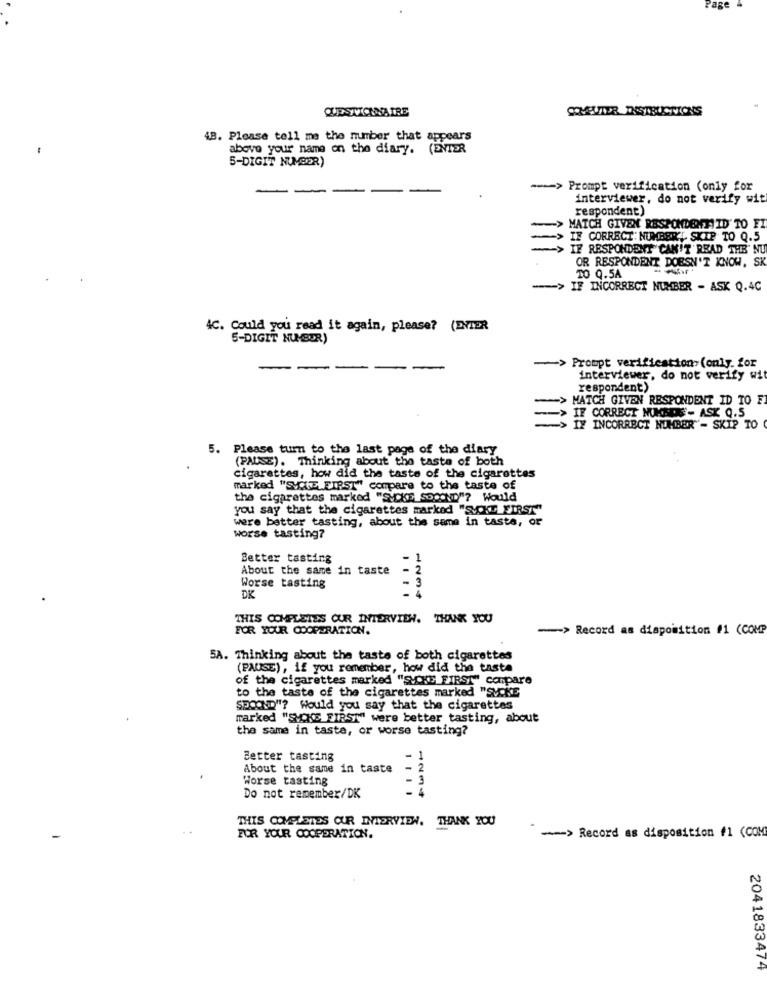
Page
QUESTIONNAIRE
4B. Please tell me the number that appears
above your name on the diary. (ENTER
5-DIGIT NUMBER)
-
->
Prompt verification (only for
interviewer, do not verify wit
respondent)
MATCH GIVEN RESPONDENT ID' TO FI
IF CORRECT: NUMBER, SKIP TO Q.5
IF RESPONDENT CAN'T READ THE' NU
OR RESPONDENT DOESN'T KNOW, SK
TO Q.5A
=== > IF INCORRECT NUMBER - ASK Q.4C
4C. Could you read it again, please? (ENTER
5-DIGIT NUMBER)
--
-> Prompt verification-(only. for
interviewer, do not verify wit
respondent)
MATCH GIVEN RESPONDENT ID TO F
-> IF CORRECT MUMNONE'- ASK 0.5
IX INCORRECT NUMBER - SKIP TO
5. Please turn to the last page of the diary
(PAUSE). Thinking about the taste of both
cigarettes, how did the taste of the cigarettes
marked "SVCE FIRST" compare to the taste of
the cigarettes marked "SiCKE SPOOND"? Would
you say that the cigarettes marked "SVCKT FIRST"
were better tasting, about the same in taste, or
worse tasting?
Better tasting
About the same in taste
Worse tasting
DK
....
THIS COMPLETES OUR INTERVIEW. THANK YOU
FOR YOUR COOPERATION.
-> Record as disposition #1 (COMP
5A. Thinking about the taste of both cigarettes
(PAUSE), if you remember, how did the taste
of the cigarettes marked "SMOKE FIRST" canpare
to the taste of the cigarettes marked "SVcKE
SPOOND"? Would you say that the cigarettes
marked "SVCKS FIRST" were better tasting, about
the same in taste, or worse tasting?
Better tasting
About the same in taste
Worse tasting
3
Do not remember/DK
....
THIS COMPLETES CUR INTERVIEW. THANK YOU
FOR YOUR COOPERATION.
-- > Record as disposition f1 (COM
2041833474